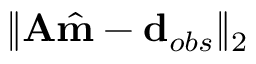
\Vert \mathbf { A } \hat { \mathbf { m } } - \mathbf { d } _ { o b s } \Vert _ { 2 }